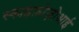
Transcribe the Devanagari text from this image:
स्काइफ़ोज़ोआई